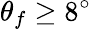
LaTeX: \theta_{f}\geq 8^{\circ}